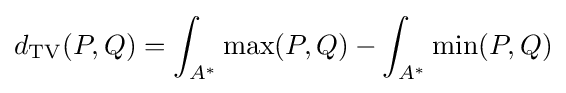
d_{\mathrm {TV} }(P,Q)=\int _{A^{*}}\max(P,Q)-\int _{A^{*}}\min(P,Q)